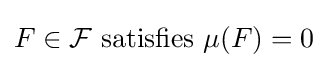
F\in {\mathcal {F}}{\text{ satisfies }}\mu (F)=0